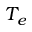
T _ { e }